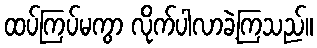
ထပ်ကြပ်မကွာ လိုက်ပါလာခဲ့ကြသည်။